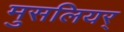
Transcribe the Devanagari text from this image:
मुसलियर्